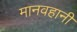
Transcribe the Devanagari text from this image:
मानवहानी